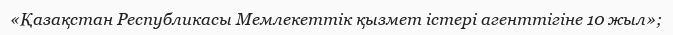
«Қазақстан Республикасы Мемлекеттік қызмет істері агенттігіне 10 жыл»;